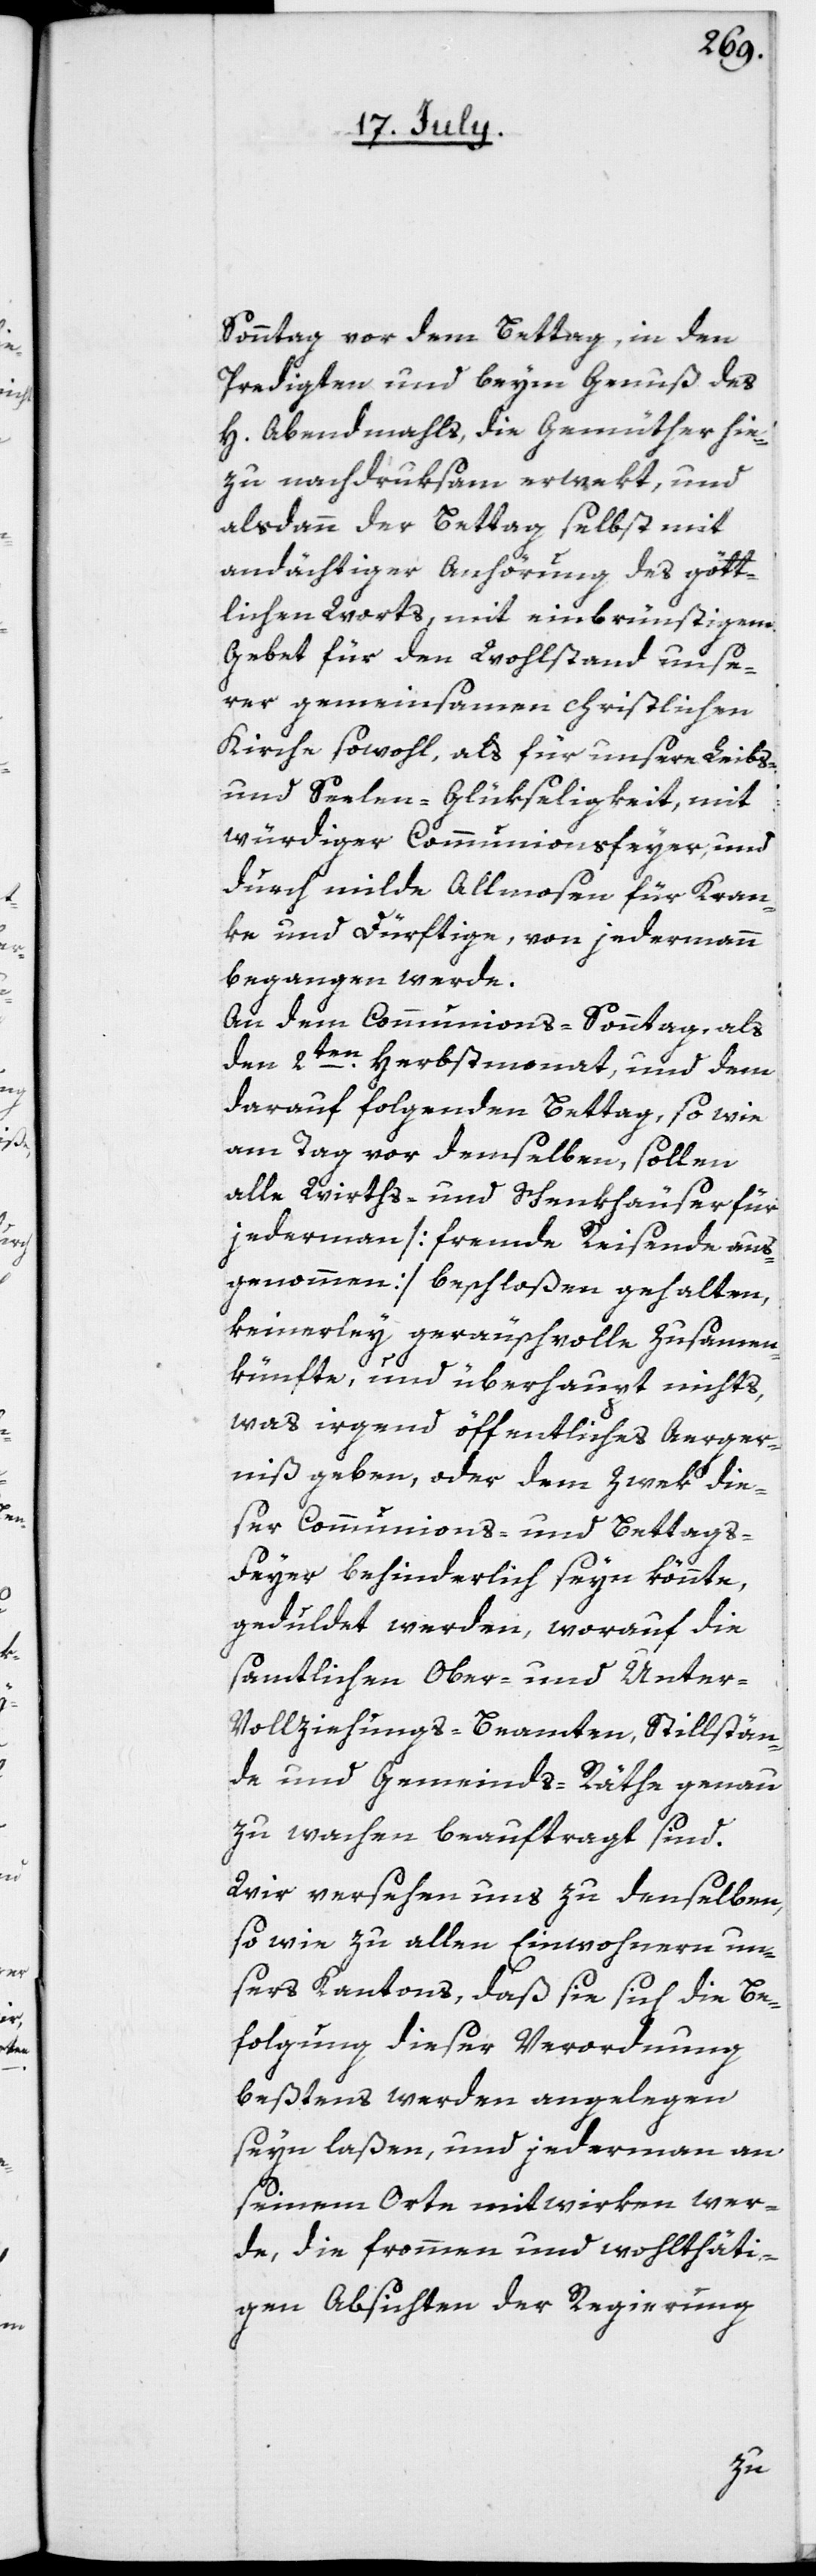
Sonntag vor dem Bettag, in den
Predigten und beym Genuß des
H. Abendmahls, die Gemüther hie¬
zu nachdruksam erwekt, und
alsdann der Bettag selbst mit
andächtiger Anhörung des gött¬
lichen Worts mit einbrünstigem
Gebet für den Wohlstand unse¬
rer gemeinsamen christlichen
Kirche sowohl, als für unsere Leibs-
und Seelen-Glükseligkeit, mit
würdiger Communionsfeyer, und
durch milde Allmosen für Kran¬
ke und Dürftige, von jedermann
begangen werde.
An dem Communions-Sonntag, als
den 2t¬
en Herbstmonat, und dem
darauf folgenden Bettag, so wie
am Tag vor demselben, sollen
alle Wirths- und Schenkhäuser für
jedermann [fremde Reisende aus¬
genommen] beschloßen gehalten,
keinerley geräuschvolle Zusammen¬
künfte, und überhaupt nichts,
was irgend öffentliches Aerger¬
niß geben, oder dem Zwek die¬
ser Communions- und Bettags-F¬
eyer behinderlich seyn könnte,
geduldet werden, worauf die
samtlichen Ober- und Unter-V¬
ollziehungs-Beamten, Stillstän¬
de und Gemeinds-Räthe genau
zu wachen beauftragt sind.
Wir versehen uns zu denselben,
so wie zu allen Einwohnern un¬
sers Kantons, daß sie sich die Be¬
folgung dieser Verordnung
beßtens werden angelegen
seyn laßen, und jedermann an
seinem Orte mitwirken wer¬
de, die frommen und wohlthäti¬
gen Absichten der Regierung